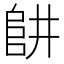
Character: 𨸥